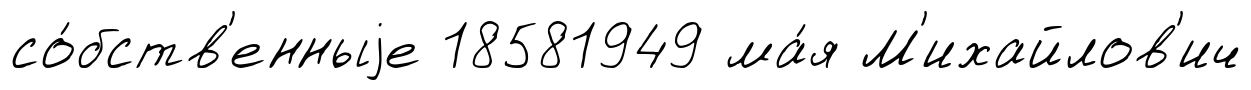
со́бств'енныjе 18581949 ма́я М'ихайлов'ич